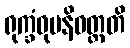
ရုက္ခံဝုပနိဝတ္တတိ